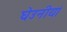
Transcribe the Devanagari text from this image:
घेउनीयां